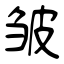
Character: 皱